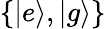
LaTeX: \{ |e\rangle,|g\rangle\}